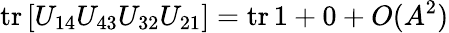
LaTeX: \mathrm{tr}\left[U_{14}U_{43}U_{32}U_{21}\right]=\mathrm{tr}\, 1+0+O(A^{2})